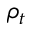
\rho _ { t }